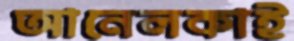
আনেলকাই